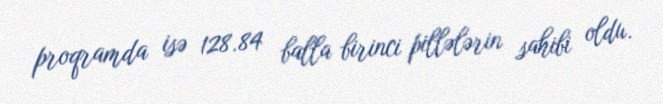
proqramda isə 128.84 balla birinci pillələrin sahibi oldu.